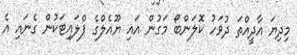
މިދިޔަ އާދީއްތަ ދުވަހު ކޮލަންބޯ މަގުން އައި ޔޫއެލްގެ ޕްލައިޓަކުން ގެނައި އެ